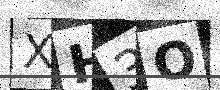
Text: XH3O